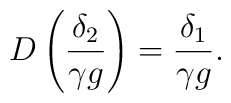
D \left( \frac{\delta_2}{\gamma g} \right) = \frac{\delta_1}{\gamma g}.